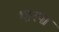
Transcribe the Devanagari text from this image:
भानपा